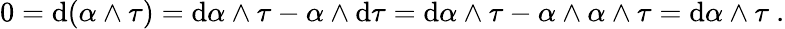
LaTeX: \begin{array}{r}{0=\mathrm{d}(\alpha\wedge\tau)=\mathrm{d}\alpha\wedge\tau-\alpha\wedge\mathrm{d}\tau=\mathrm{d}\alpha\wedge\tau-\alpha\wedge\alpha\wedge\tau=\mathrm{d}\alpha\wedge\tau\ .}\end{array}